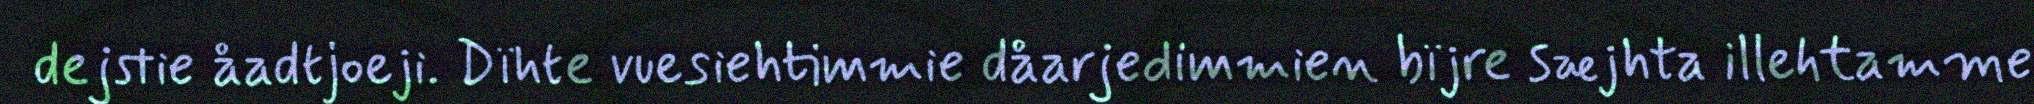
dejstie åadtjoeji. Dïhte vuesiehtimmie dåarjedimmien bïjre sæjhta illehtamme